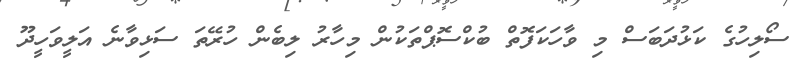
ސޯލިހުގެ ކަޅުދަބަސް މި ވާހަކަފޮތް ބުކްސޮޕްތަކުން މިހާރު ލިބެން ހުރޭތަ ސަޅިވާނެ އަލީވަހީދޫ